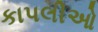
કાપલીઓ